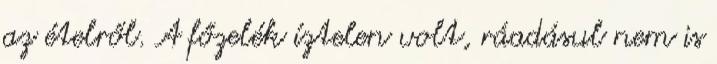
az ételről. A főzelék íztelen volt, ráadásul nem is